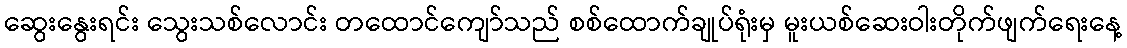
ဆွေးနွေးရင်း သွေးသစ်လောင်း တထောင်ကျော်သည် စစ်ထောက်ချုပ်ရုံးမှ မူးယစ်ဆေးဝါးတိုက်ဖျက်ရေးနေ့